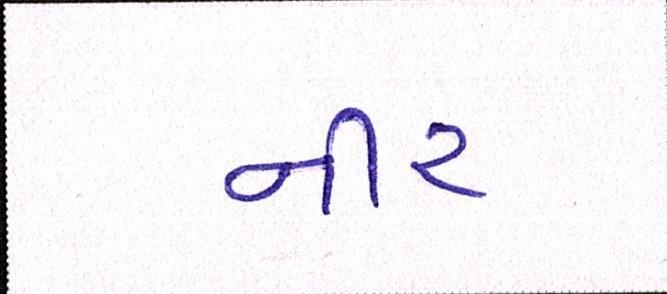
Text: નીર